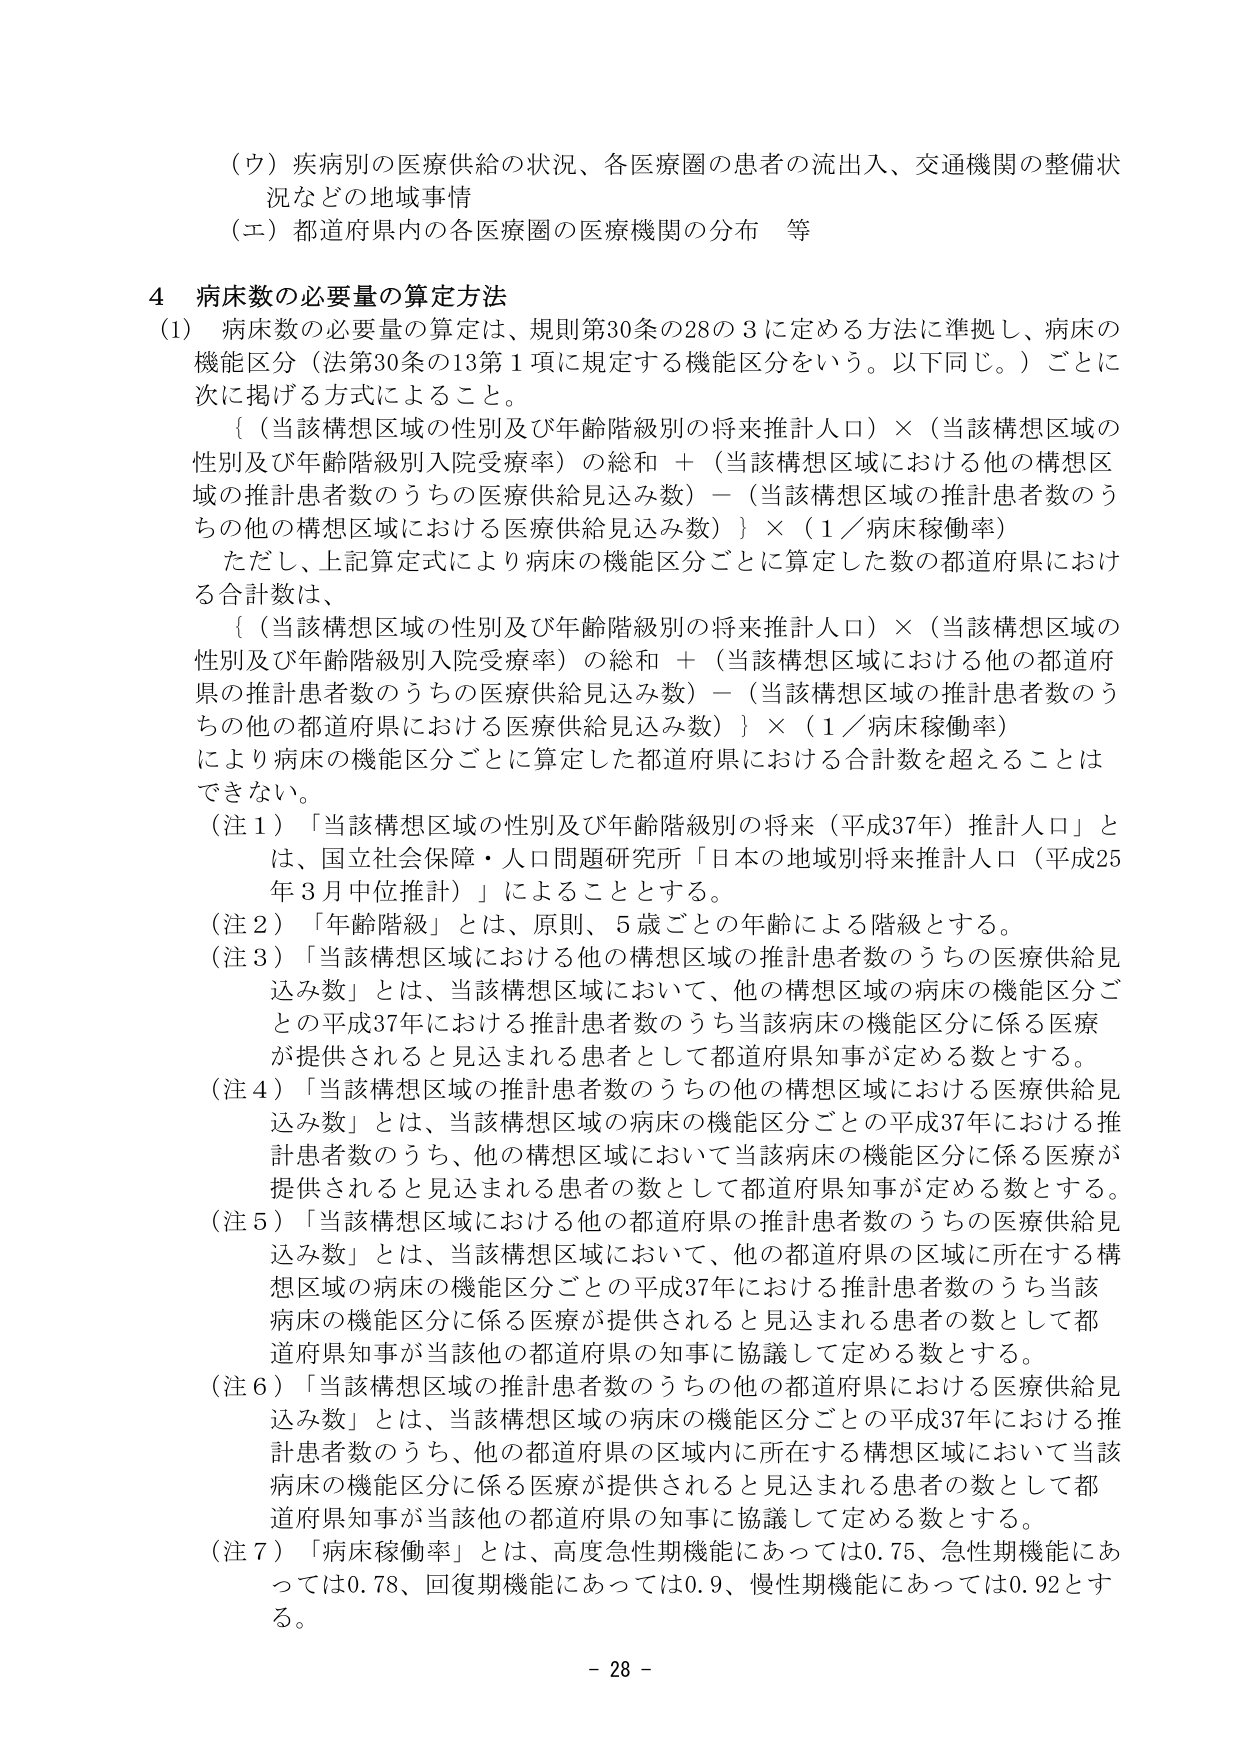
（ウ）疾病別の医療供給の状況、各医療圏の患者の流出入、交通機関の整備状況などの地域事情
（エ）都道府県内の各医療圏の医療機関の分布　等

4 病床数の必要量の算定方法
（1）病床数の必要量の算定は、規則第30条の28の3に定める方法に準拠し、病床の機能区分（法第30条の13第1項に規定する機能区分をいう。以下同じ。）ごとに次に掲げる方式によること。
　｛（当該構想区域の性別及び年齢階級別の将来推計人口）×（当該構想区域の性別及び年齢階級別入院受療率）の総和 ＋（当該構想区域における他の構想区域の推計患者数のうちの医療供給見込み数）－（当該構想区域の推計患者数のうちの他の構想区域における医療供給見込み数）｝×（1／病床稼働率）
　ただし、上記算定式により病床の機能区分ごとに算定した数の都道府県における合計数は、
　｛（当該構想区域の性別及び年齢階級別の将来推計人口）×（当該構想区域の性別及び年齢階級別入院受療率）の総和 ＋（当該構想区域における他の都道府県の推計患者数のうちの医療供給見込み数）－（当該構想区域の推計患者数のうちの他の都道府県における医療供給見込み数）｝×（1／病床稼働率）
　により病床の機能区分ごとに算定した都道府県における合計数を超えることはできない。

（注1）「当該構想区域の性別及び年齢階級別の将来（平成37年）推計人口」とは、国立社会保障・人口問題研究所「日本の地域別将来推計人口（平成25年3月中位推計）」によることとする。
（注2）「年齢階級」とは、原則、5歳ごとの年齢による階級とする。
（注3）「当該構想区域における他の構想区域の推計患者数のうちの医療供給見込み数」とは、当該構想区域において、他の構想区域の病床の機能区分ごとの平成37年における推計患者数のうち当該病床の機能区分に係る医療が提供されると見込まれる患者として都道府県知事が定める数とする。
（注4）「当該構想区域の推計患者数のうちの他の構想区域における医療供給見込み数」とは、当該構想区域の病床の機能区分ごとの平成37年における推計患者数のうち、他の構想区域において当該病床の機能区分に係る医療が提供されると見込まれる患者の数として都道府県知事が定める数とする。
（注5）「当該構想区域における他の都道府県の推計患者数のうちの医療供給見込み数」とは、当該構想区域において、他の都道府県の区域に所在する構想区域の病床の機能区分ごとの平成37年における推計患者数のうち当該病床の機能区分に係る医療が提供されると見込まれる患者の数として都道府県知事が当該他の都道府県の知事に協議して定める数とする。
（注6）「当該構想区域の推計患者数のうちの他の都道府県における医療供給見込み数」とは、当該構想区域の病床の機能区分ごとの平成37年における推計患者数のうち、他の都道府県の区域内に所在する構想区域において当該病床の機能区分に係る医療が提供されると見込まれる患者の数として都道府県知事が当該他の都道府県の知事に協議して定める数とする。
（注7）「病床稼働率」とは、高度急性期機能にあっては0.75、急性期機能にあっては0.78、回復期機能にあっては0.9、慢性期機能にあっては0.92とする。

- 28 -